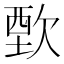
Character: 歅